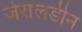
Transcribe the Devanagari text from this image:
जेरालडीन